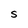
Character: S